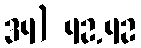
34) 42.42